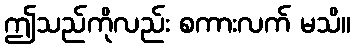
ဤသည်ကိုလည်း စကားလက် မသိ။